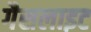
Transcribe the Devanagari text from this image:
गैसलाइट